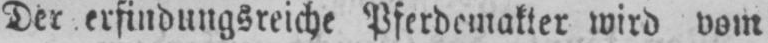
Der erfindungsreiche Pferdemakter wird vom